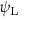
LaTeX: \psi _ { \mathrm { { L } } }